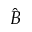
\hat { B }